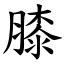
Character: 膝